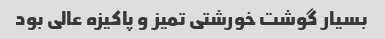
بسیار گوشت خورشتی تمیز و پاکیزه عالی بود